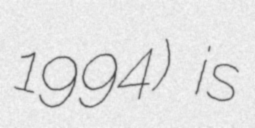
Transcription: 1994) is